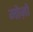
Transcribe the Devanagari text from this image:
मोज़ो